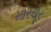
મારયૂર